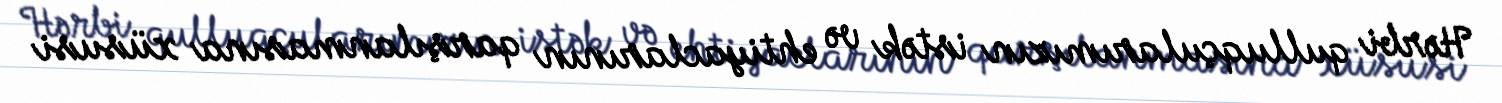
Hərbi qulluqçularımızın istək və ehtiyaclarının qarşılanmasına xüsusi